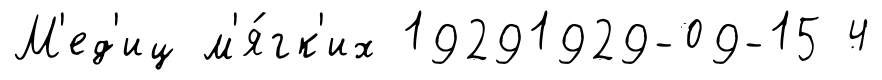
М'ед'иц м'я́гк'их 19291929-09-15 4